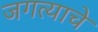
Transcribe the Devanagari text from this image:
जगत्याचे